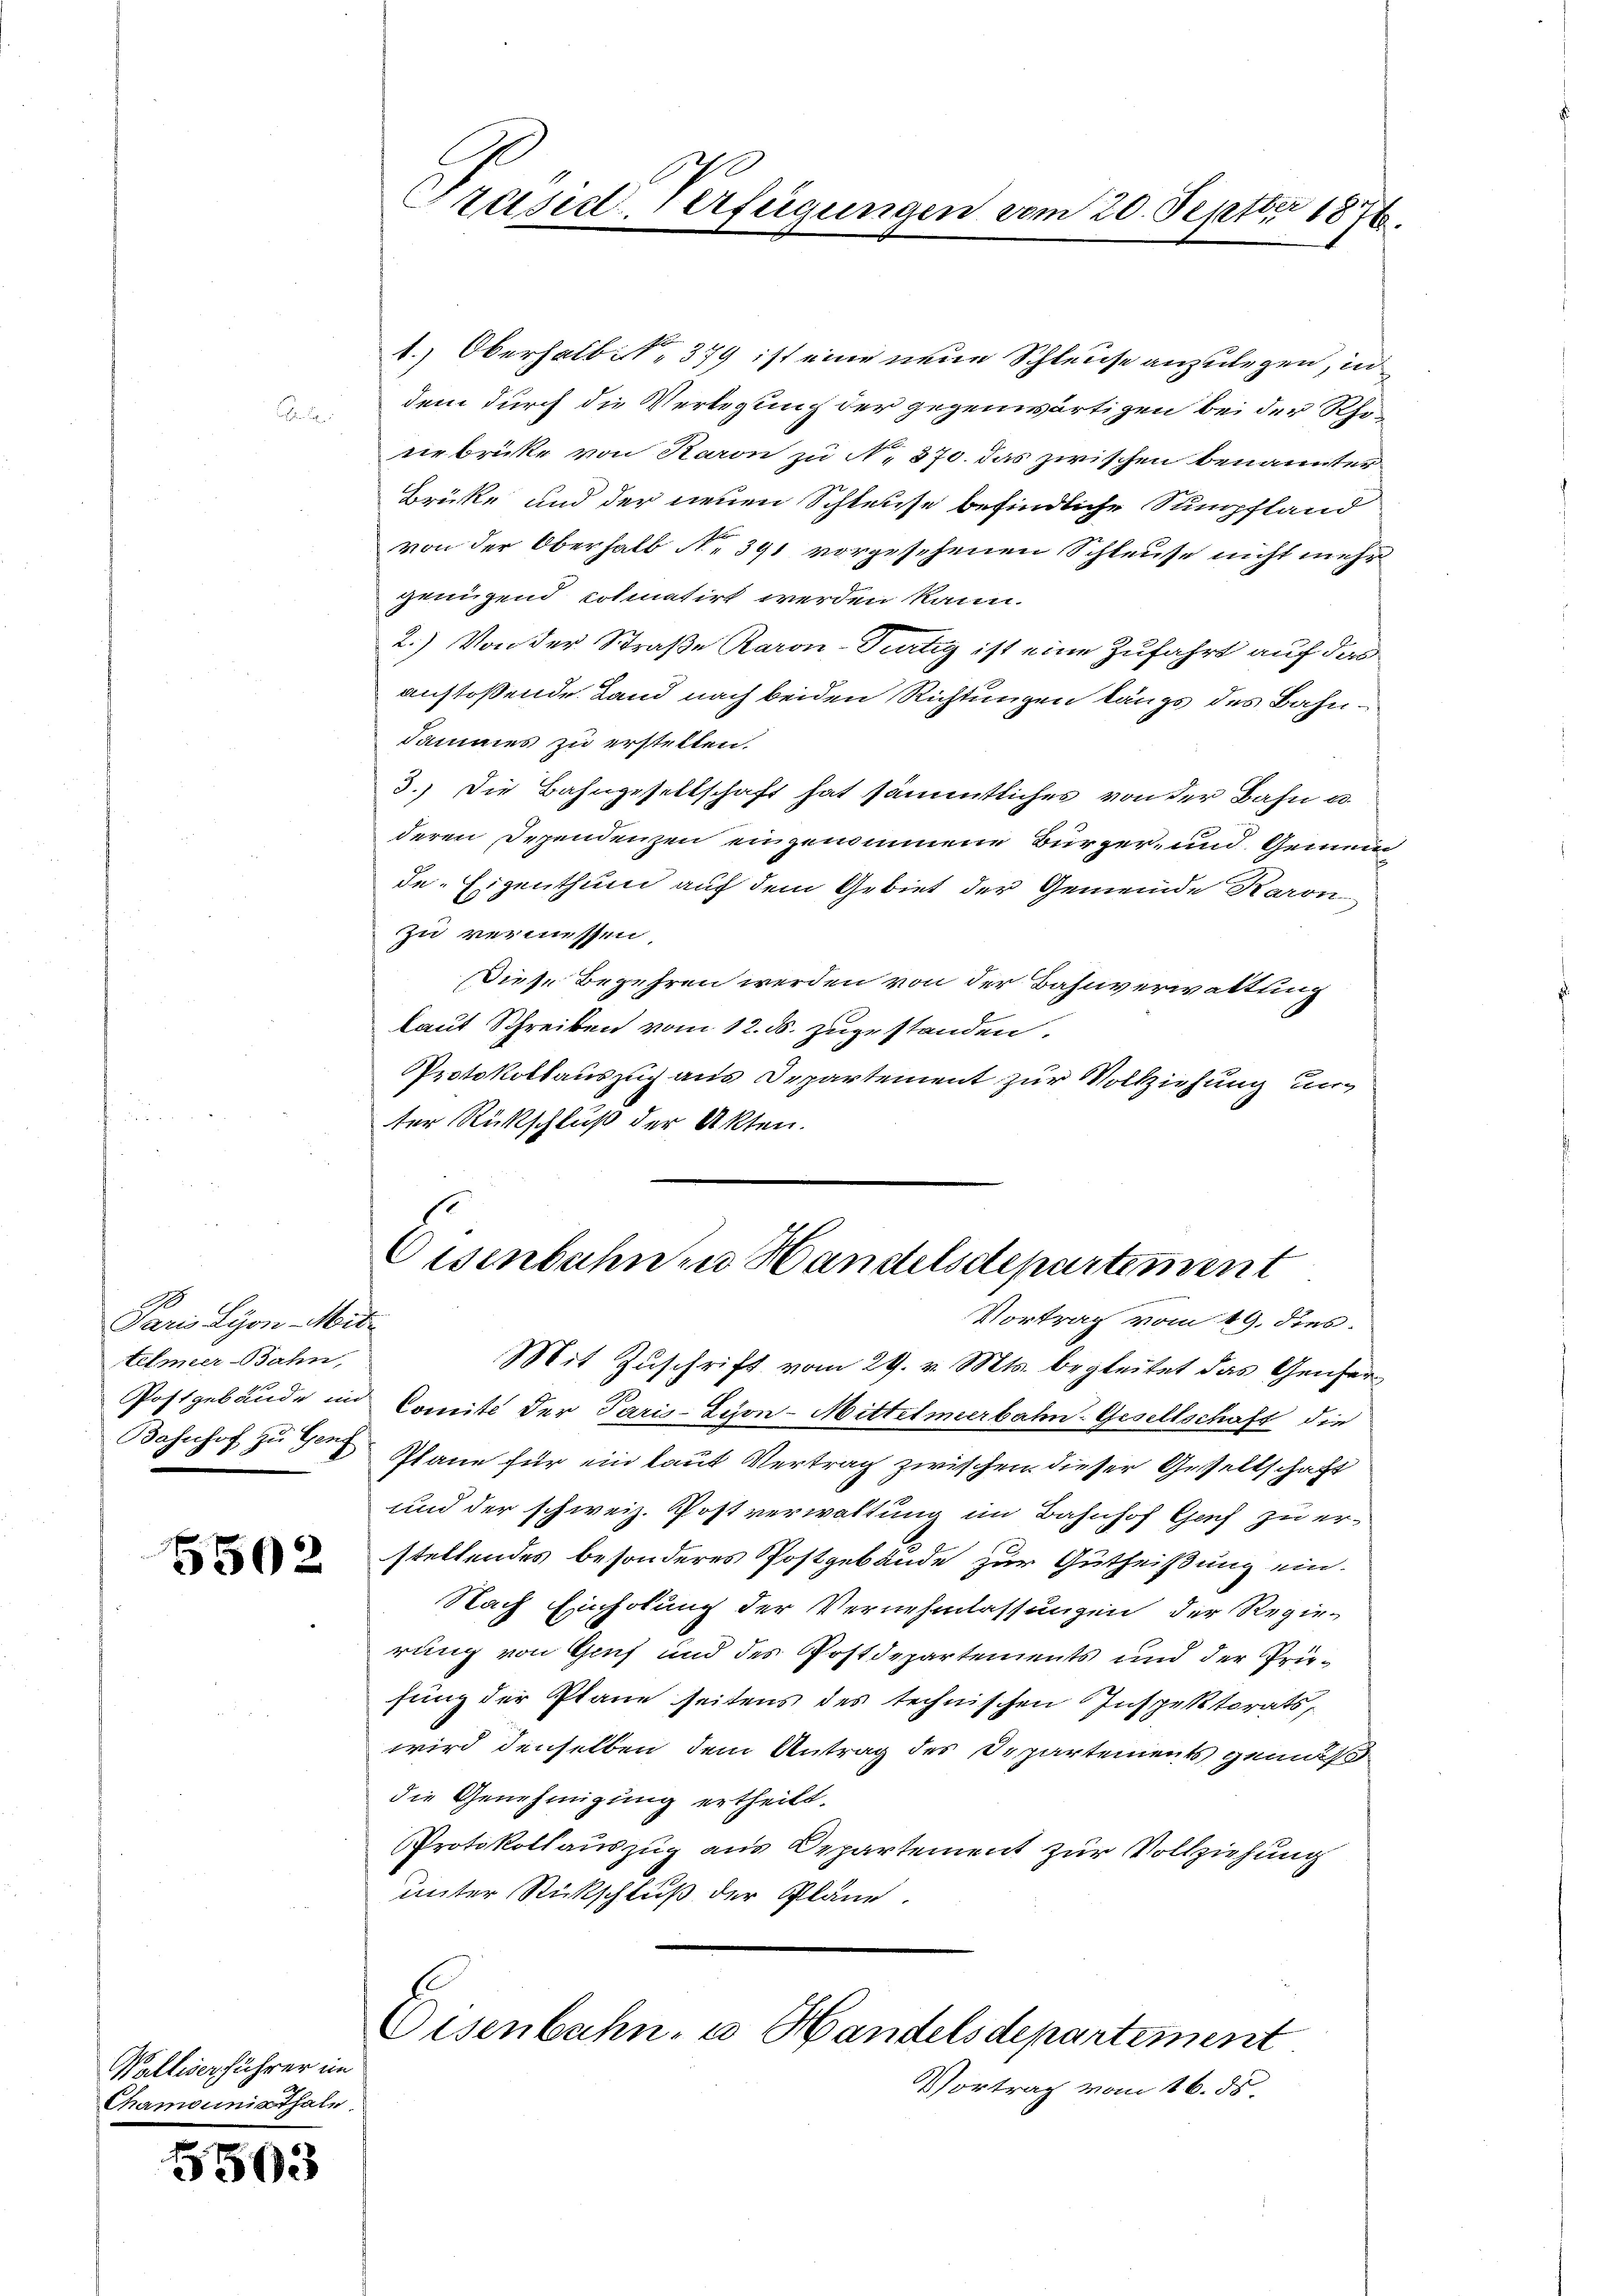
Dem Hrn. Mit
telmeer-Bahn,

5502

Walliser führer im
Chamouniathale

5503

1.) Oberhalb ist. 379 ist eine neue Schleuse anzulegen, in
dem durch die Verlegung der gegenwärtigen bei der Rhorklag
verbrücke von Karon zu N. 870. das zwischen benannter
Brücke und der neuen Schleuse befindliche Sumpfland
von der Oberhalb N. 391 vorgesehenen Schleuse nicht mehr
genügend coliatirt werden kann.
2.) Von der Straße Karon Tätig ist eine Zufahrt auf das
anstoßende Land nach beiden Richtungen längs des Bahndammes zu erstellen.
3.) Die Bahngesellschaft hat sämmtliches von der Bahn u.
deren Dependenzen eingenommene Bürger- und Gemeinde-Eigenthum auf dem Gebiet der Gemeinde Karon
zu vermessen,
Diese Begehren werden von der Bahnverwaltung
laut Schreiben vom 12. ds. zugestanden.
Protokollauszug aus Departement zur Vollziehung un
ter Rückschluß der Akten.

Präsid-Verfügungen vom 20. Septbr 1876.

Cisenbahn zu Handelsdepartement
Vortrag vom 19. dies

Mit Zuschrift vom 29. v. Mts. begleitet das Genfer¬
Postgebäude in Comit der Paris-Lyon-Mittelmeerbahn-Gesellschaft die
Bahnhof zu der Plane für ein laut Vertrag zwischen dieser Gesellschaft
und der schweiz. Postverwaltung im Bahnhof Genf zu er-
stellendes besonderes Postgebäude zur Gutheißung ein-
Nach Einholung der Vernehmlassungen der Regierung von Genf und des Postdepartements und der Priefung der Plane seitens des technischen Inspektorats,
wird denselben dem Antrag des Departements gemäß
die Genehmigung ertheilt.
Protokollauszug aus Departement zur Vollziehung
unter Rückschluß der Pläne.
Eisenbahn- u Handelsdepartement
Vortrag vom 16. ds.